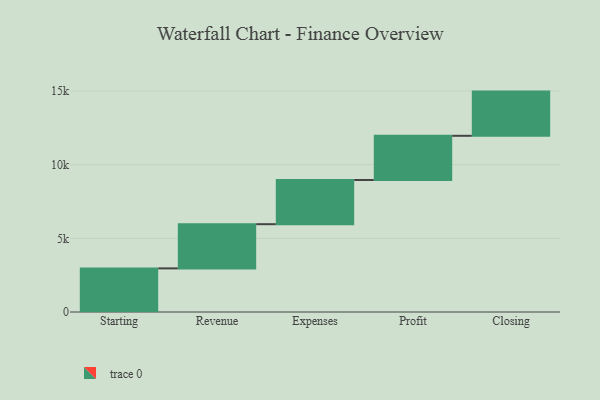
{"axis": {"x": "Step", "y": "Value"}, "legend": [""], "data": [{"x": "Starting", "y": 2960.0, "type": ""}, {"x": "Revenue", "y": 3000, "type": ""}, {"x": "Expenses", "y": 3000, "type": ""}, {"x": "Profit", "y": 3000, "type": ""}, {"x": "Closing", "y": 3000, "type": ""}]}